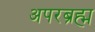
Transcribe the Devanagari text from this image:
अपरब्रह्म